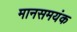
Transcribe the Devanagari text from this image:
मानसमयंक